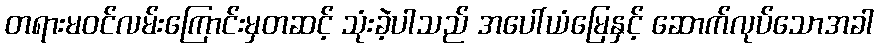
တရားမဝင်လမ်းကြောင်းမှတဆင့် သုံးခဲ့ပါသည် အပေါ်ယံမြေနှင့် ဆောက်လုပ်သောအခါ